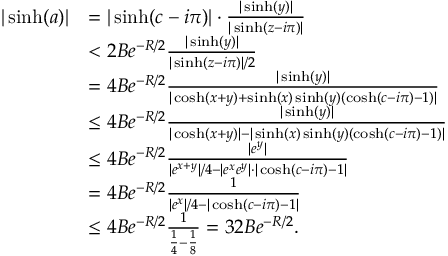
\begin{array} { r l } { | \sinh ( a ) | } & { = | \sinh ( c - i \pi ) | \cdot \frac { | \sinh ( y ) | } { | \sinh ( z - i \pi ) | } } \\ & { < 2 B e ^ { - R / 2 } \frac { | \sinh ( y ) | } { | \sinh ( z - i \pi ) | / 2 } } \\ & { = 4 B e ^ { - R / 2 } \frac { | \sinh ( y ) | } { | \cosh ( x + y ) + \sinh ( x ) \sinh ( y ) ( \cosh ( c - i \pi ) - 1 ) | } } \\ & { \leq 4 B e ^ { - R / 2 } \frac { | \sinh ( y ) | } { | \cosh ( x + y ) | - | \sinh ( x ) \sinh ( y ) ( \cosh ( c - i \pi ) - 1 ) | } } \\ & { \leq 4 B e ^ { - R / 2 } \frac { | e ^ { y } | } { | e ^ { x + y } | / 4 - | e ^ { x } e ^ { y } | \cdot | \cosh ( c - i \pi ) - 1 | } } \\ & { = 4 B e ^ { - R / 2 } \frac { 1 } { | e ^ { x } | / 4 - | \cosh ( c - i \pi ) - 1 | } } \\ & { \leq 4 B e ^ { - R / 2 } \frac { 1 } { \frac { 1 } { 4 } - \frac { 1 } { 8 } } = 3 2 B e ^ { - R / 2 } . } \end{array}